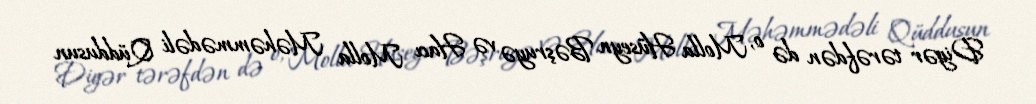
Digər tərəfdən də o, Molla Hüseyn Bəşruyə və Hacı Molla Məhəmmədəli Qüddusun